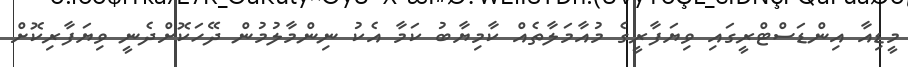
މީޑިއާ އިންޑަސްޓްރީގައި ވިޔަފާރީގެ މުއާމަލާތެއް ކާމިޔާބު ކަމާ އެކު ނިންމާލުމުން ދޭހަކޮށްދެނީ ވިޔަފާރިކޮށް